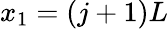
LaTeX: x_{1}=(j+1)L